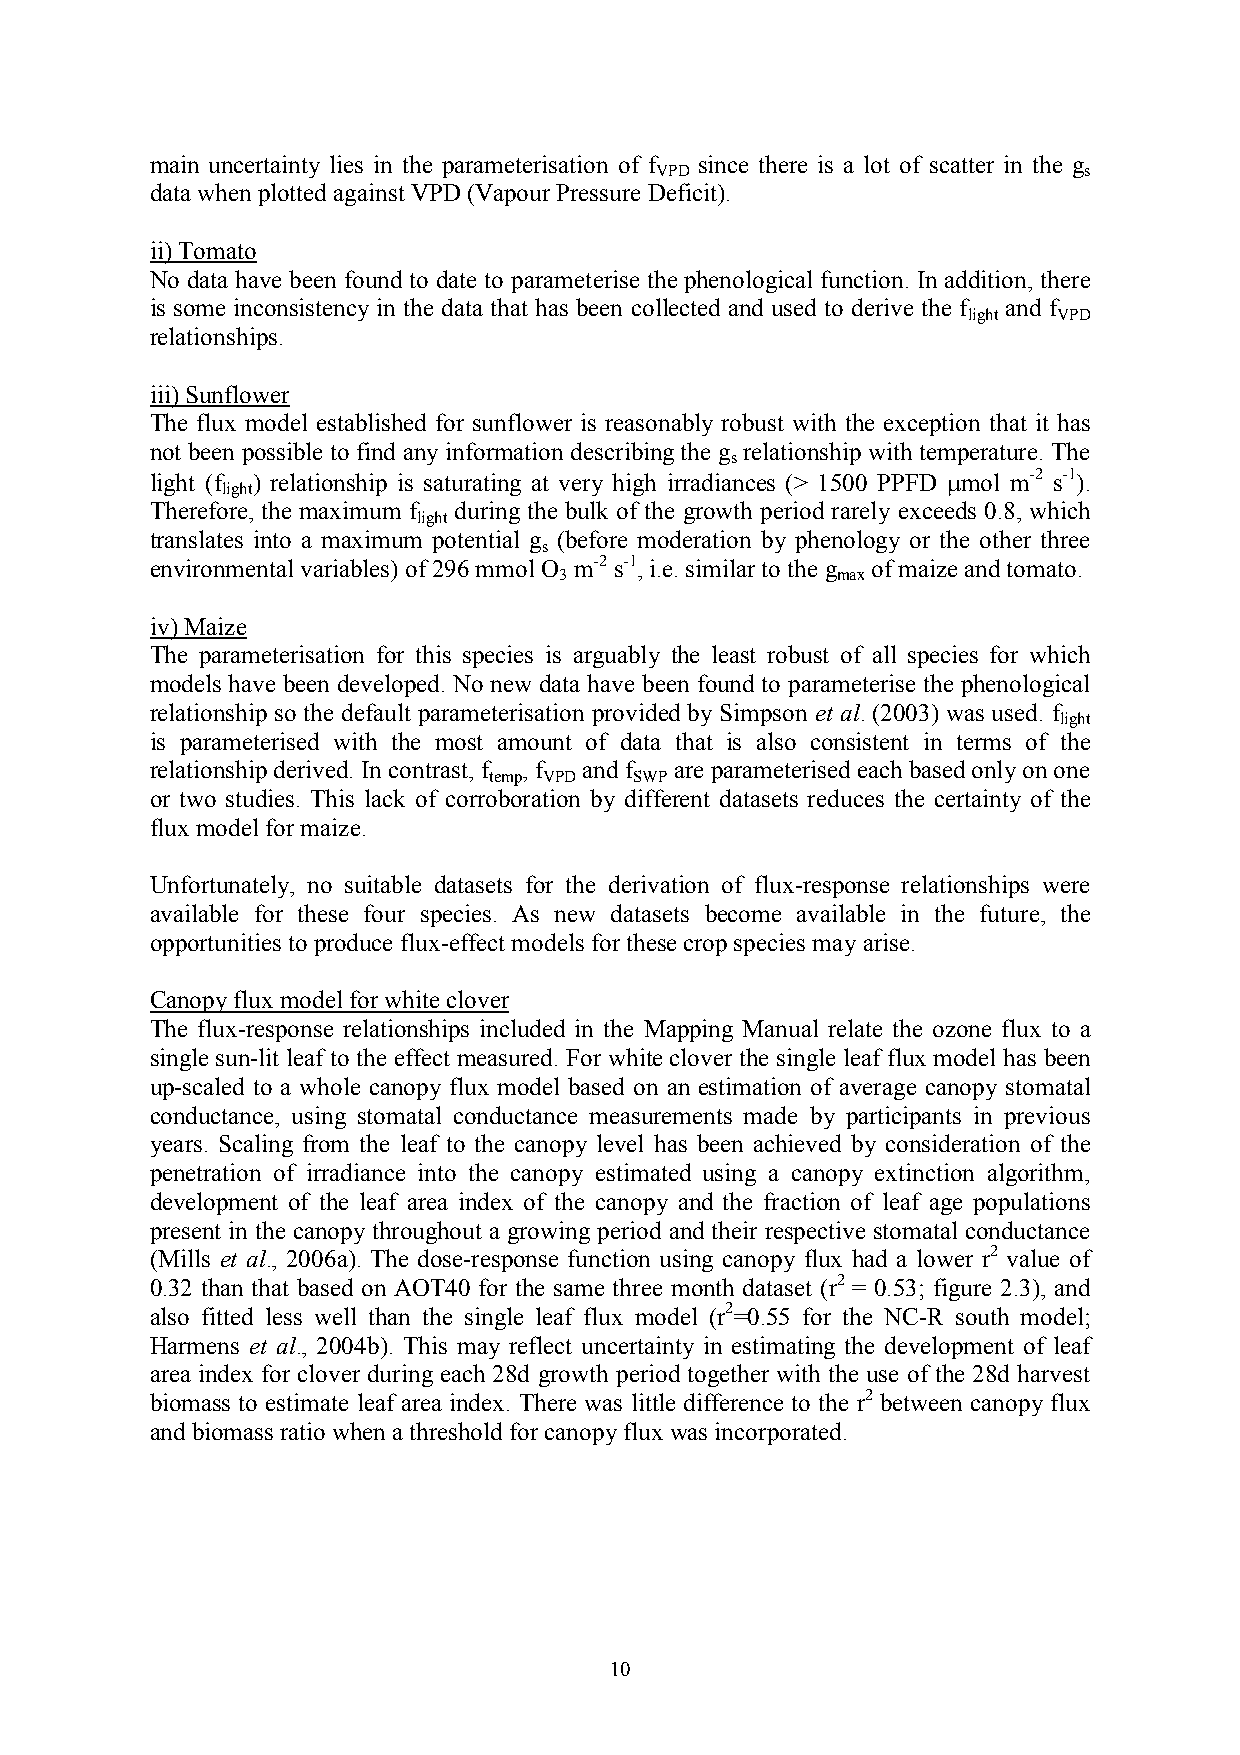
main uncertainty lies in the parameterisation of f since there is a lot of scatter in the g
 VPD                          s
 data when plotted against VPD (Vapour Pressure Deficit).
 ii) Tomato
 No data have been found to date to parameterise the phenological function. In addition, there
 is some inconsistency in the data that has been collected and used to derive the f and f
 light VPD
 relationships.
 iii) Sunflower
 The flux model established for sunflower is reasonably robust with the exception that it has
 not been possible to find any information describing the g relationship with temperature. The
 s
 light (f ) relationship is saturating at very high irradiances (> 1500 PPFD µmol m-2 s-1).
 light
 Therefore, the maximum f during the bulk of the growth period rarely exceeds 0.8, which
 light
 translates into a maximum potential g (before moderation by phenology or the other three
 s
 environmental variables) of 296 mmol O m-2 s-1, i.e. similar to the g of maize and tomato.
 3                 max
 iv) Maize
 The parameterisation for this species is arguably the least robust of all species for which
 models have been developed. No new data have been found to parameterise the phenological
 relationship so the default parameterisation provided by Simpson et al. (2003) was used. f
 light
 is parameterised with the most amount of data that is also consistent in terms of the
 relationship derived. In contrast, f , f and f are parameterised each based only on one
 temp VPD  SWP
 or two studies. This lack of corroboration by different datasets reduces the certainty of the
 flux model for maize.
 Unfortunately, no suitable datasets for the derivation of flux-response relationships were
 available for these four species. As new datasets become available in the future, the
 opportunities to produce flux-effect models for these crop species may arise.
 Canopy flux model for white clover
 The flux-response relationships included in the Mapping Manual relate the ozone flux to a
 single sun-lit leaf to the effect measured. For white clover the single leaf flux model has been
 up-scaled to a whole canopy flux model based on an estimation of average canopy stomatal
 conductance, using stomatal conductance measurements made by participants in previous
 years. Scaling from the leaf to the canopy level has been achieved by consideration of the
 penetration of irradiance into the canopy estimated using a canopy extinction algorithm,
 development of the leaf area index of the canopy and the fraction of leaf age populations
 present in the canopy throughout a growing period and their respective stomatal conductance
 (Mills et al., 2006a). The dose-response function using canopy flux had a lower r2 value of
 0.32 than that based on AOT40 for the same three month dataset (r2 = 0.53; figure 2.3), and
 also fitted less well than the single leaf flux model (r2=0.55 for the NC-R south model;
 Harmens et al., 2004b). This may reflect uncertainty in estimating the development of leaf
 area index for clover during each 28d growth period together with the use of the 28d harvest
 biomass to estimate leaf area index. There was little difference to the r2 between canopy flux
 and biomass ratio when a threshold for canopy flux was incorporated.
 10